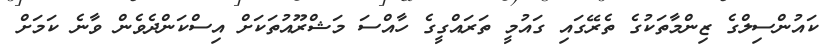
ކައުންސިލްގެ ޒިންމާތަކުގެ ތެރޭގައި ގައުމީ ތަރައްގީގެ ހާއްސަ މަޝްރޫއުތަކަށް އިސްކަންދެވެން ވާނެ ކަމަށް